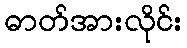
ဓာတ်အားလိုင်း